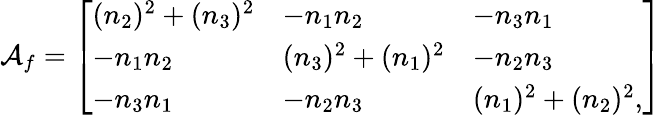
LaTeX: \mathcal{A}_{f}=\left[\begin{array}{lll}{(n_{2})^{2}+(n_{3})^{2}}&{-n_{1}n_{2}}&{-n_{3}n_{1}}\\ {-n_{1}n_{2}}&{(n_{3})^{2}+(n_{1})^{2}}&{-n_{2}n_{3}}\\ {-n_{3}n_{1}}&{-n_{2}n_{3}}&{(n_{1})^{2}+(n_{2})^{2},}\end{array}\right]